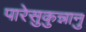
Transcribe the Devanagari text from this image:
पारेसुकुन्नानु